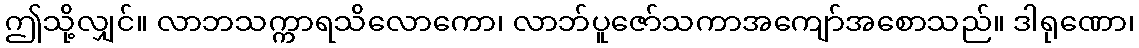
ဤသို့လျှင်။ လာဘသက္ကာရသိလောကော၊ လာဘ်ပူဇော်သကာအကျော်အစောသည်။ ဒါရုဏော၊